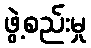
ဖွဲ့စည်းမှု